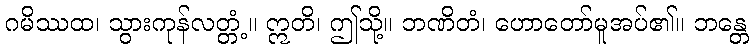
ဂမိဿထ၊ သွားကုန်လတ္တံ့။ ဣတိ၊ ဤသို့။ ဘဏိတံ၊ ဟောတော်မူအပ်၏။ ဘန္တေ